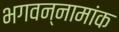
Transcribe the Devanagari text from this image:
भगवन्नामांक